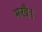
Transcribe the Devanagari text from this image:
भखैं।